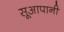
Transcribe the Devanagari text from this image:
सूआपानी